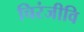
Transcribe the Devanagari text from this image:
चिरंजीवि